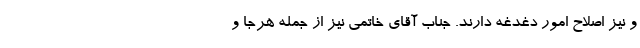
و نیز اصلاح امور دغدغه دارند.‌ جناب آقای خاتمی نیز از جمله هرجا و